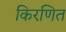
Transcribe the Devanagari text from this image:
किरणित